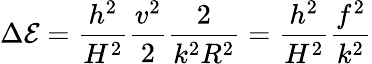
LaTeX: \Delta{\cal E}=\frac{h^{2}}{H^{2}}\frac{v^{2}}{2}\frac{2}{k^{2}R^{2}}=\frac{h^{2}}{H^{2}}\frac{f^{2}}{k^{2}}